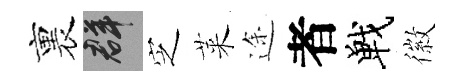
裏群㝎萊途者戰徽